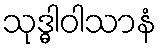
သုဒ္ဓါဝါသာနံ